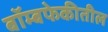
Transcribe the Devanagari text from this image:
बॉम्बफेकीतील